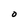
Character: O